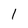
Character: l